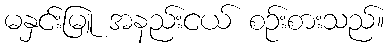
မနှင်းမြူ အနည်းငယ် စဉ်းစားသည်။